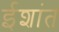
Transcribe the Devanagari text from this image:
ईशांत